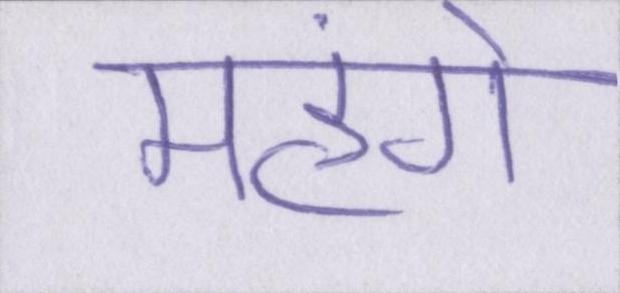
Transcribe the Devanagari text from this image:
महंगे